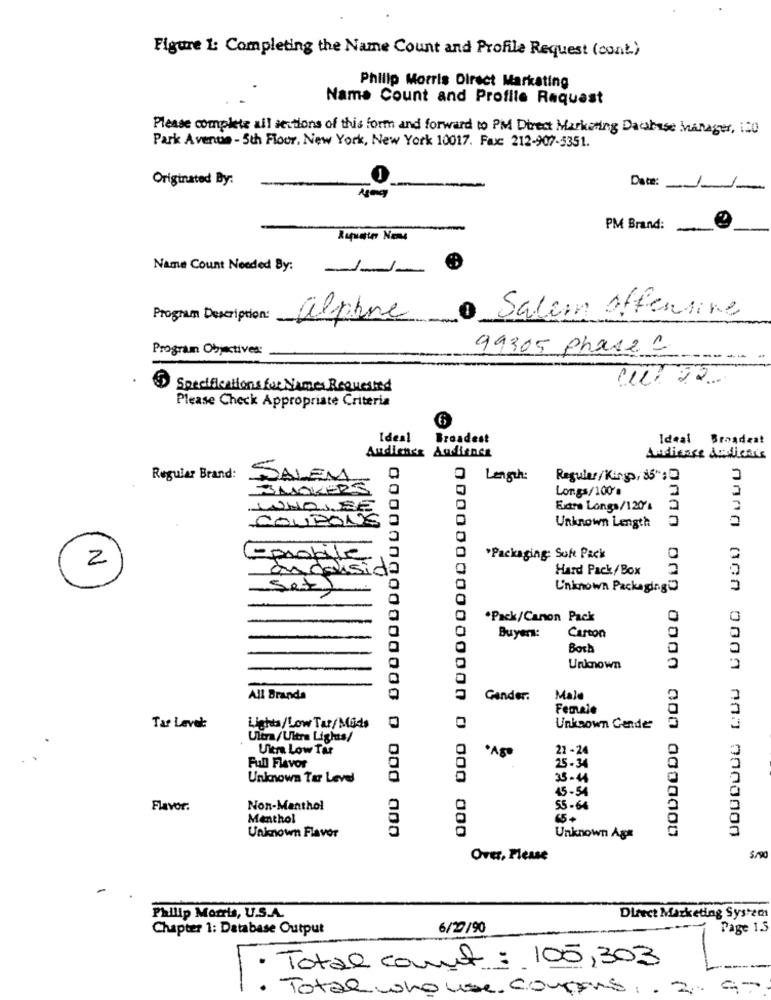
Figure 1: Completing the Name Count and Profile Request (cont.)
Philip Morris Direct Marketing
Name Count and Profile Request
Please complete all sections of this form and forward to PM Direct Marketing Database Manager, 150
Park Avenue - 5th Floor, New York, New York 10017. Fax: 212-907-5351.
Originated By:
Date:
PM Brand:
-
Name Count Needed By:
-J-1-
Program Description:
alphre
Salam offersine
Program Objectives:
99305 Phase C
cu 22
5 Specifications for Names Requested
Please Check Appropriate Criteria
6
Ideal
Broadest
Ideal Broadzat
Audience Audience
Andliance dadieais
Regular Brand:
DALEM
Length:
Regular/Kingp, 85":
SMOKERS
Longs/100'.
Excre Longs/120'
2
COUPONE
WHOISE
Unknown Length
Emobile
"Packaging: Sok Pack
2
andalsida
0000000
Hard Pack/Box
Set)
Unknown Packaging
.Pack/Canon Pack
Buyer:
Carton
Both
Unknown
All Brands
0000000
Gander.
Male
Female
Tar Lavet:
Lights/Low Tar/Mads
Unknown Cende
Ultra/Ultra Lights/
Uim Low Tar
·Ago
22 -24
Full Flavor
25-34
Unknown Tar Level
35-44
45-54
Flavor.
Non-Menthol
55-64
Menthol
65+
0 000 000
Unknown Flavor
Unknown Ag#
Over, Please
S/
Philip Morris, U.S.A.
Direct Marketing System
Chapter 1: Database Output
6/29/90
Page 1.5
Total count: 105, 303
Total who use. compans . 2. 97